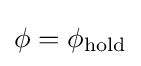
\phi =\phi _{\text{hold}}